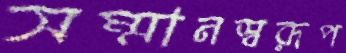
সম্মানস্বরূপ